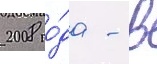
2008 го́да - в